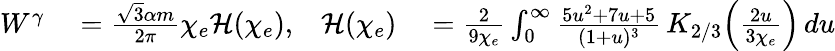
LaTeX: \begin{array}{rlrl}{W^{\gamma}}&{{}=\frac{\sqrt{3}\alpha m}{2\pi}\chi_{e}\mathcal{H}(\chi_{e}),}&{\mathcal{H}(\chi_{e})}&{{}=\frac{2}{9\chi_{e}}\int_{0}^{\infty}\frac{5u^{2}+7u+5}{(1+u)^{3}}\, K_{2/3}\! \left(\frac{2u}{3\chi_{e}}\right)\, du}\end{array}